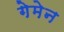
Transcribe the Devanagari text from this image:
गेमेन